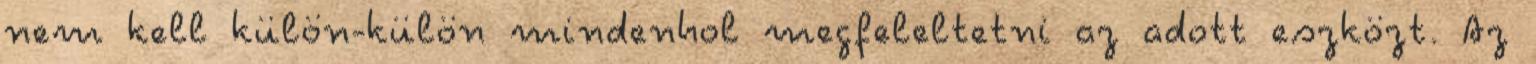
nem kell külön-külön mindenhol megfeleltetni az adott eszközt. Az